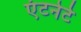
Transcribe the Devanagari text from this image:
एंटनेटे